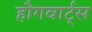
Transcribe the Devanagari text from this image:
हौगवार्ट्स